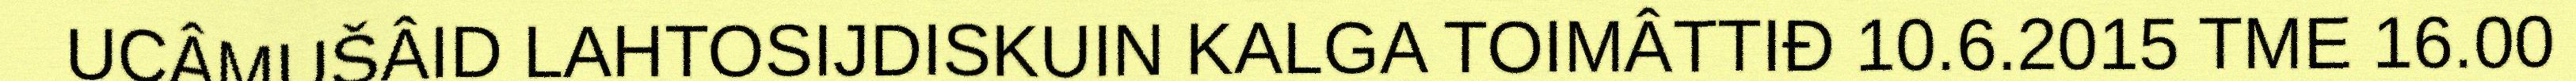
UCÂMUŠÂID LAHTOSIJDISKUIN KALGA TOIMÂTTIĐ 10.6.2015 TME 16.00